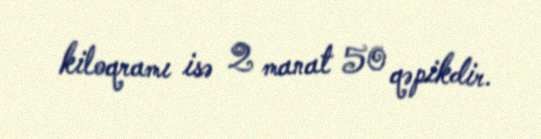
kiloqramı isə 2 manat 50 qəpikdir.